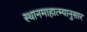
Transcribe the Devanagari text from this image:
स्थानमाहात्म्यानुसार